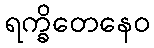
ရက္ခိတေနေဝ